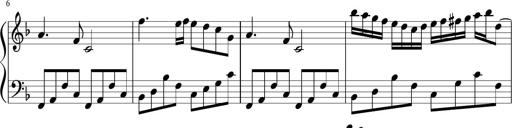
Title: Sonatina di Santa Gemma, JKB 12
Composer: Jason Baruk
Key: F major